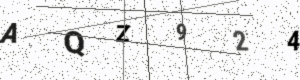
Text: AQZ924